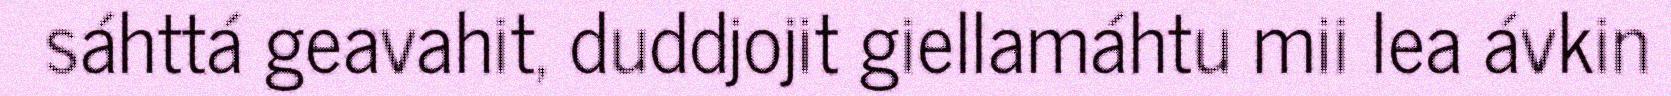
sáhttá geavahit, duddjojit giellamáhtu mii lea ávkin